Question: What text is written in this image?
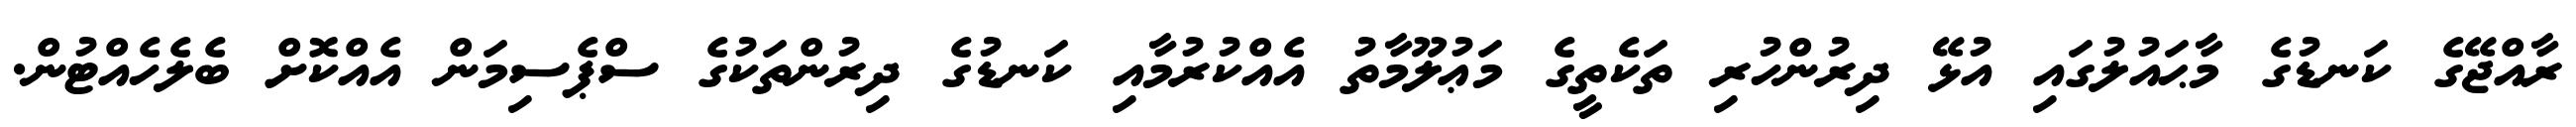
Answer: ރާއްޖޭގެ ކަނޑުގެ މާޙައުލުގައި އުޅޭ ދިރުންހުރި ތަކެތީގެ މަޢުލޫމާތު އެއްކުރުމާއި ކަނޑުގެ ދިރުންތަކުގެ ސްޕެސިމަން އެއްކޮށް ބެލެހެއްޓުން.